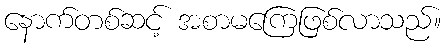
နောက်တစ်ဆင့် အစာမကြေဖြစ်လာသည်။